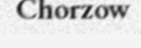
Chorzow